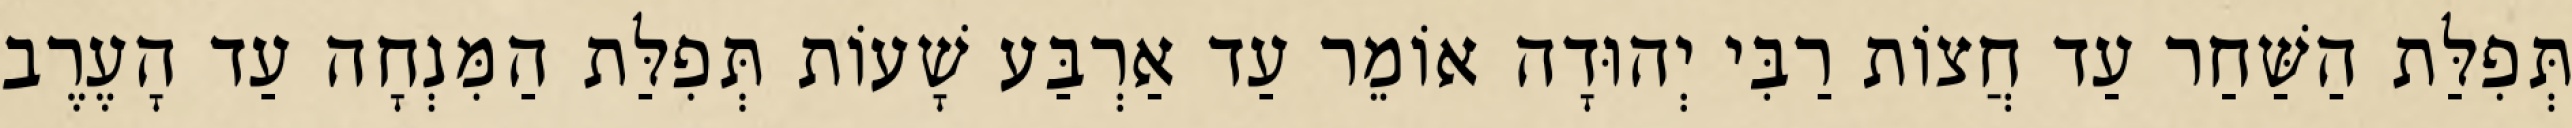
תְּפִלַּת הַשַּׁחַר עַד חֲצוֹת רַבִּי יְהוּדָה אוֹמֵר עַד אַרְבַּע שָׁעוֹת תְּפִלַּת הַמִּנְחָה עַד הָעֶרֶב